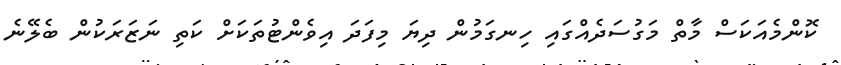
ކޮންމެއަކަސް މާތް މަގުސަދެއްގައި ހިނގަމުން ދިޔަ މިފަދަ އިވެންޓުތަކަށް ކަތި ނަޒަރަކުން ބެލޭނެ